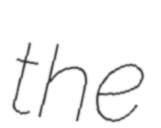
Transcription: the